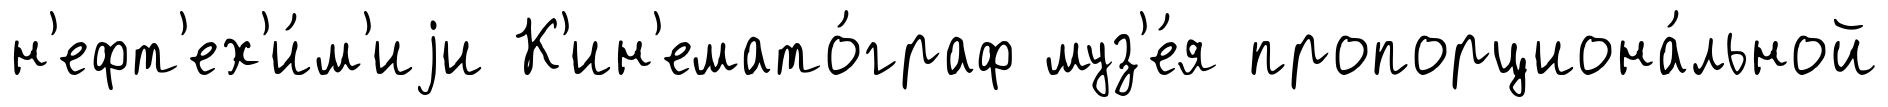
н'ефт'ех'и́м'иjи К'ин'емато́граф муз'е́я пропорциона́льной